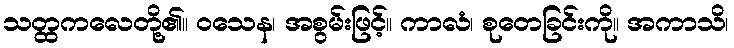
သတ္ထကလေတို့၏။ ဝသေန၊ အစွမ်းဖြင့်။ ကာလံ၊ စုတေခြင်းကို။ အကာသိ၊